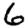
Digit: 6